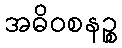
အဓိဝစနဉ္စ